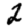
Digit: 2